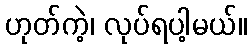
ဟုတ်ကဲ့၊ လုပ်ရပါ့မယ်။